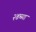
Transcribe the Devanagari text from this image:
२४च्या